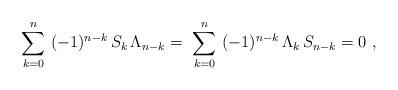
LaTeX: \begin{align*}\sum_{k=0}^n \ (-1)^{n-k}\, S_k\, \Lambda_{n-k} =\ \sum_{k=0}^n \ (-1)^{n-k}\, \Lambda_{k}\, S_{n-k} = 0\ ,\end{align*}